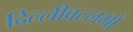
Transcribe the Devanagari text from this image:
दिल्लीवल्लभों